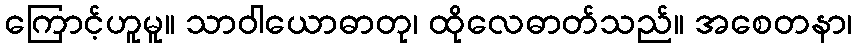
ကြောင့်ဟူမူ။ သာဝါယောဓာတု၊ ထိုလေဓာတ်သည်။ အစေတနာ၊